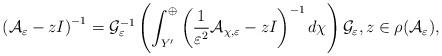
LaTeX: \begin{align*} \left(\mathcal{A}_\varepsilon - zI \right)^{-1} = \mathcal{G}_\varepsilon^{-1} \left( \int_{Y'}^\oplus \left(\frac{1}{\varepsilon^2}\mathcal{A}_{\chi,\varepsilon} - zI \right)^{-1} d\chi \right) \mathcal{G}_\varepsilon, z \in \rho(\mathcal{A}_\varepsilon),\end{align*}